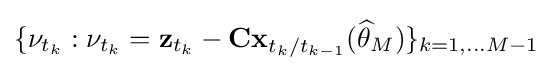
\{\mathbf {\nu } _{t_{k}}:\mathbf {\nu } _{t_{k}}=\mathbf {z} _{t_{k}}-\mathbf {Cx} _{t_{k}/t_{k-1}}({\widehat {\theta }}_{M})\}_{k=1,\ldots M-1}